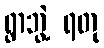
ရွာဘွဲ့ ရတု